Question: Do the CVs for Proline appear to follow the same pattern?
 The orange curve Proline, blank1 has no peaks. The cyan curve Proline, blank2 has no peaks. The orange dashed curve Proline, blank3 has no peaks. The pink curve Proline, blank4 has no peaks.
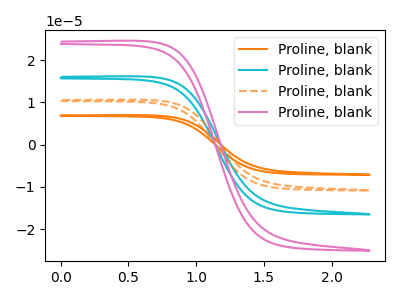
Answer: <think>Neither "Proline, blank1" or "Proline, blank2" have any peaks. Neither "Proline, blank1" or "Proline, blank3" have any peaks. Neither "Proline, blank1" or "Proline, blank4" have any peaks. Neither "Proline, blank2" or "Proline, blank3" have any peaks. Neither "Proline, blank2" or "Proline, blank4" have any peaks. Neither "Proline, blank3" or "Proline, blank4" have any peaks.
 </think>
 <answer>All the CV's of "Proline" have similar shape.</answer>
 <eval>follow_rule</eval>